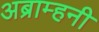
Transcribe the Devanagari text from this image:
अब्राम्हनी